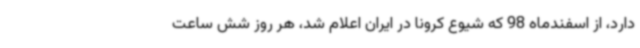
دارد، از اسفندماه 98 که شیوع کرونا در ایران اعلام شد، هر روز شش ساعت